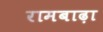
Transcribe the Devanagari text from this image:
रामबाढ़ा